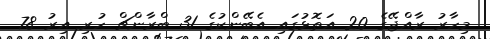
މިހާރު ރާއްޖޭގެ 20 އަތޮޅުގައި އެބޭންކުގެ 31 ބްރާންޗް ހުރި އިރު 78